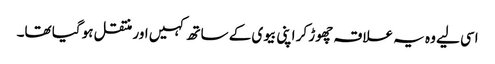
اسی لیے وہ یہ علاقہ چھوڑ کر اپنی بیوی کے ساتھ کہیں اور منتقل ہو گیا تھا۔